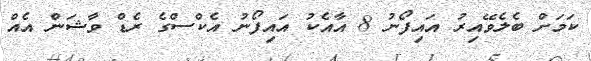
ކަމަށް ބެލެވޭއިރު އައިފޯނު 8 އާއެކު އައިފޯނު އެކްސްގެ ރެޑް ވާޝަން އެއް